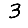
Digit: 3